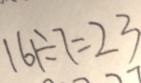
1 6 1 \div 7 = 2 3